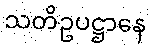
သတိဥပဋ္ဌာနေ